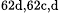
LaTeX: ^\textrm{\scriptsize 62d,62c,d}